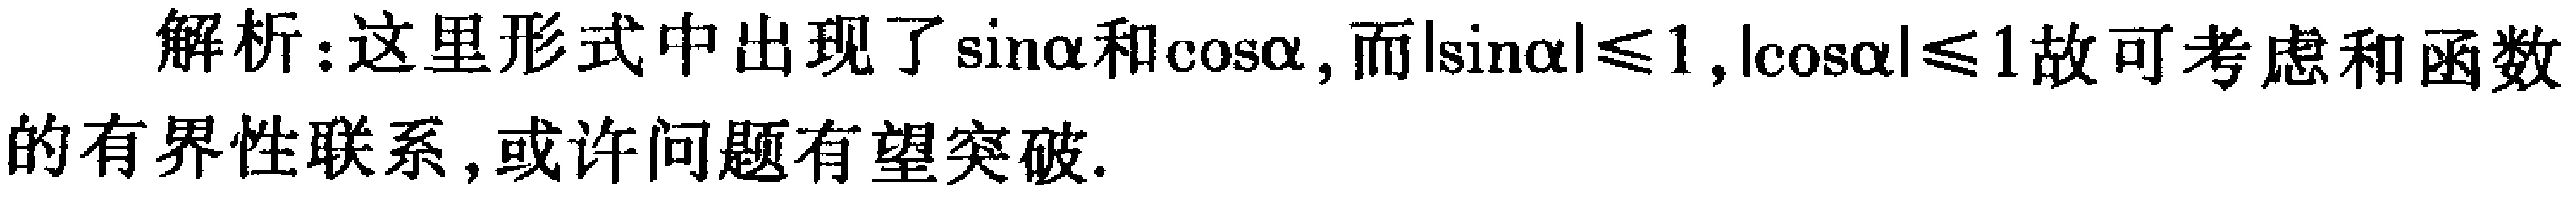
解析：这里形式中出现了\(\sin\alpha\)和\(\cos\alpha\)，而\(|\sin\alpha|\leq 1\)，\(|\cos\alpha|\leq 1\)故可考虑和函数的有界性联系，或许问题有望突破.